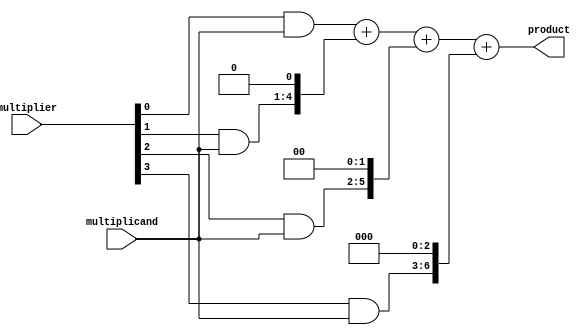
module radix4_multiplier(
  input [3:0] multiplier,
  input [3:0] multiplicand,
  output reg [7:0] product
);

reg [7:0] partial_product_0, partial_product_1, partial_product_2, partial_product_3;

// Generate partial products
always @* begin
  partial_product_0 = (multiplier[0] & multiplicand) << 0;
  partial_product_1 = (multiplier[1] & multiplicand) << 1;
  partial_product_2 = (multiplier[2] & multiplicand) << 2;
  partial_product_3 = (multiplier[3] & multiplicand) << 3;
end

// Add partial products using ripple carry adder
always @* begin
  product = partial_product_0 + partial_product_1 + partial_product_2 + partial_product_3;
end

endmodule